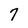
Character: 7